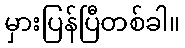
မှားပြန်ပြီတစ်ခါ။